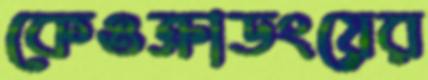
কেওক্রাডংয়ের